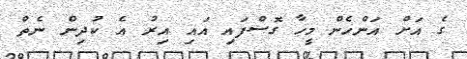
ގެ އަށް އަންހެން މީހާ ގޮސްފައި އައި އިރު އެ ކުދިން ނެތް